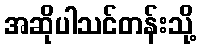
အဆိုပါသင်တန်းသို့